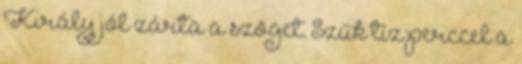
Király jól zárta a szöget. Szűk tíz perccel a